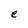
Character: e